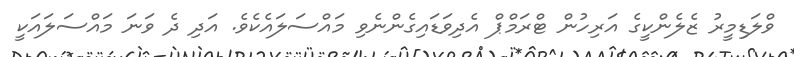
ވްލަޑިމީރު ޒެލެންކީގެ އަރިހުން ޓްރަމްޕް އެދިވަޑައިގެންނެވި މައްސަލައެކެވެ. އަދި ދެ ވަނަ މައްސަލައަކީ